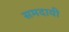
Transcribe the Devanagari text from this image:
समदायी